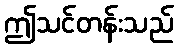
ဤသင်တန်းသည်